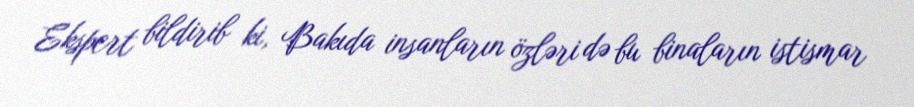
Ekspert bildirib ki, Bakıda insanların özləri də bu binaların istismar